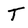
Character: T